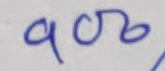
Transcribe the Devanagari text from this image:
१०७